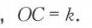
, \(OC = k\).